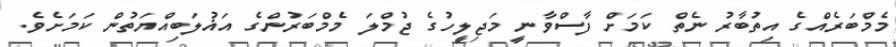
މެމްބަރެއްގެ އިތުބާރު ނެތް ކަމަށް ފާސްވާނީ މަޖިލީހުގެ ޖުމްލަ މެމްބަރުންގެ އަޣުލަބިއްޔަތުން ކަމަށެވެ.